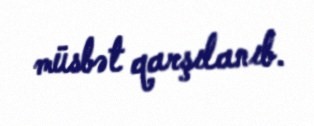
müsbət qarşılanıb.